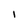
Character: 1